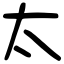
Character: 太